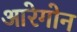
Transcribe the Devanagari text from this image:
आरेगोन